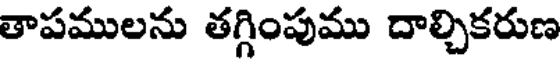
తాపములను తగ్గింపుము దాల్చికరుణ